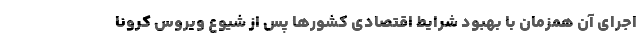
اجرای آن همزمان با بهبود شرایط اقتصادی کشورها پس از شیوع ویروس کرونا